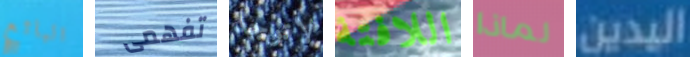
البائع تفهمى لاتوجد اللافتة لماذا اليدين